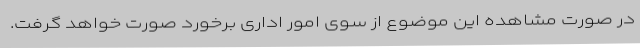
در صورت مشاهده این موضوع از سوی امور اداری برخورد صورت خواهد گرفت.